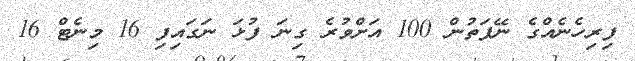
ފިރިހެނެއްގެ ނޭފަތުން 100 އަށްވުރެ ގިނަ ފުޅަ ނަގައިފި 16 މިނެޓް 16